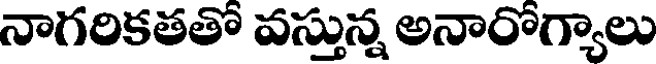
నాగరికతతో వస్తున్న అనారోగ్యాలు